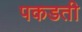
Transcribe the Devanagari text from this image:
पकडती